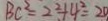
B C ^ { 2 } = 2 ^ { 2 } + 4 ^ { 2 } = 2 0